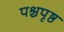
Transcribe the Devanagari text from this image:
पश्चपृष्ठ